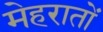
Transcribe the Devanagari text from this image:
मेहरातों